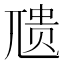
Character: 𪨇